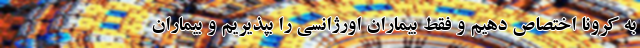
به کرونا اختصاص دهیم و فقط بیماران اورژانسی را بپذیریم و بیماران